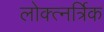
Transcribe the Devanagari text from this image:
लोक्त्नर्त्रिक